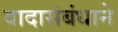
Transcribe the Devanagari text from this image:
वादासंबंधाने